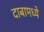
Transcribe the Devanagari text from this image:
दाबामध्ये